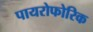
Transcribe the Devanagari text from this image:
पायरोफोरिक